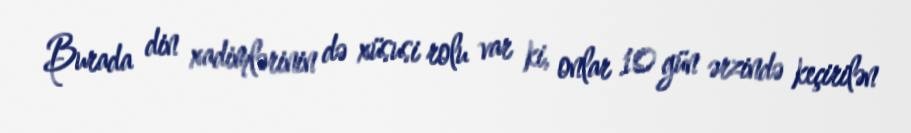
Burada din xadimlərinin də xüsusi rolu var ki, onlar 10 gün ərzində keçirilən